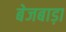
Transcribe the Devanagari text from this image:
बेजबाड़ा